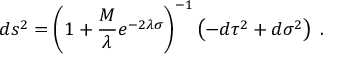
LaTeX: d s ^ { 2 } = { \left( 1 + { \frac { M } { \lambda } } e ^ { - 2 \lambda \sigma } \right) } ^ { - 1 } \left( - d \tau ^ { 2 } + d \sigma ^ { 2 } \right) \; .